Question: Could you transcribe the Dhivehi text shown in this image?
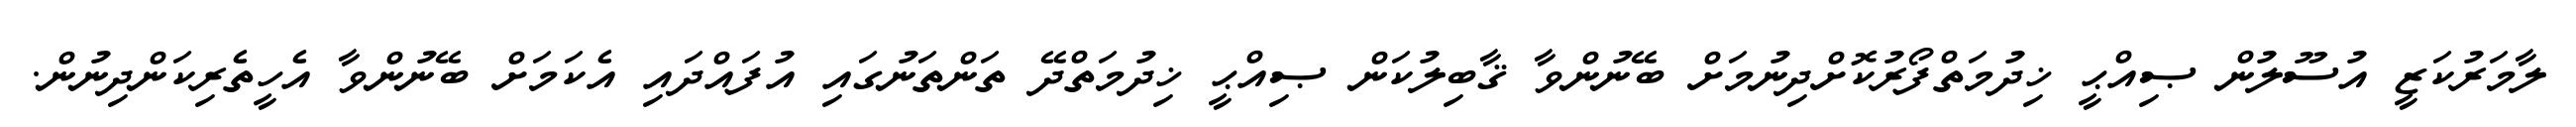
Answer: ލާމަރުކަޒީ އުސޫލުން ޞިއްޙީ ޚިދުމަތްފޯރުކޮށްދިނުމަށް ބޭނުންވާ ޤާބިލުކަން ޞިއްޙީ ޚިދުމަތްދޭ ތަންތަނުގައި އުފައްދައި އެކަމަށް ބޭނުންވާ އެހީތެރިކަންދިނުން.